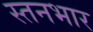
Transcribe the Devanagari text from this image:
स्तनभार